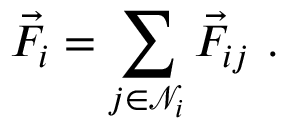
\vec { F } _ { i } = \sum _ { j \in \mathcal { N } _ { i } } \vec { F } _ { i j } \ .